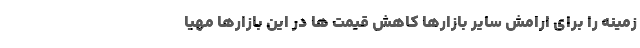
زمینه را برای ارامش سایر بازارها کاهش قیمت ها در این بازارها مهیا